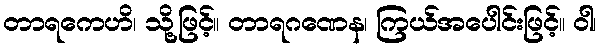
တာရကေဟိ၊ သို့ဖြင့်။ တာရဂဏေန၊ ကြယ်အပေါင်းဖြင့်။ ဝါ၊